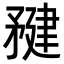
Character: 𥍹